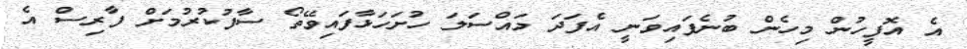
އެ އޮފީހުން މިހެން ބުނެފައިވަނީ އެފަދަ މައްސަލަ ހުށަހަޅާފައިވޭތޯ ސާފުކުރުމަށް ފާރިސް އެ